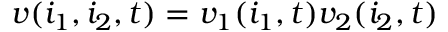
v ( i _ { 1 } , i _ { 2 } , t ) = v _ { 1 } ( i _ { 1 } , t ) v _ { 2 } ( i _ { 2 } , t )